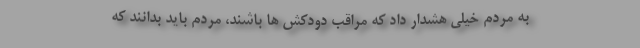
به مردم خیلی هشدار داد که مراقب دودکش ها باشند، مردم باید بدانند که